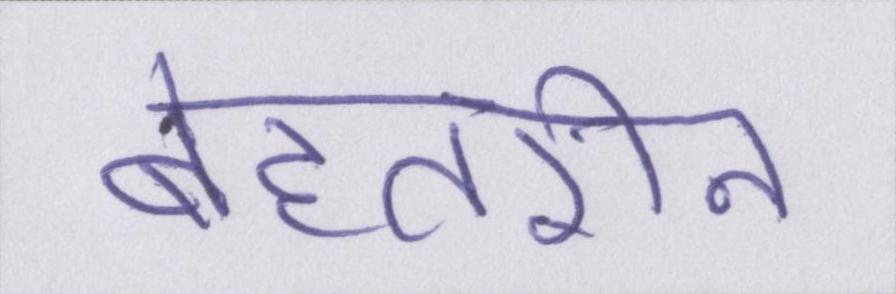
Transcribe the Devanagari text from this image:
बेहतरीन